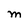
Character: M